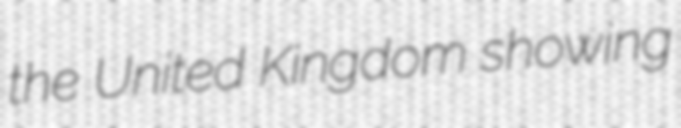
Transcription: the United Kingdom showing